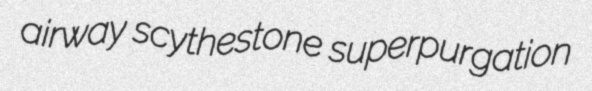
airway scythestone superpurgation